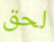
لحق